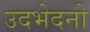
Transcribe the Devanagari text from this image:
उदभेदनो